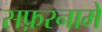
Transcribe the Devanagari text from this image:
सफ़रनामे